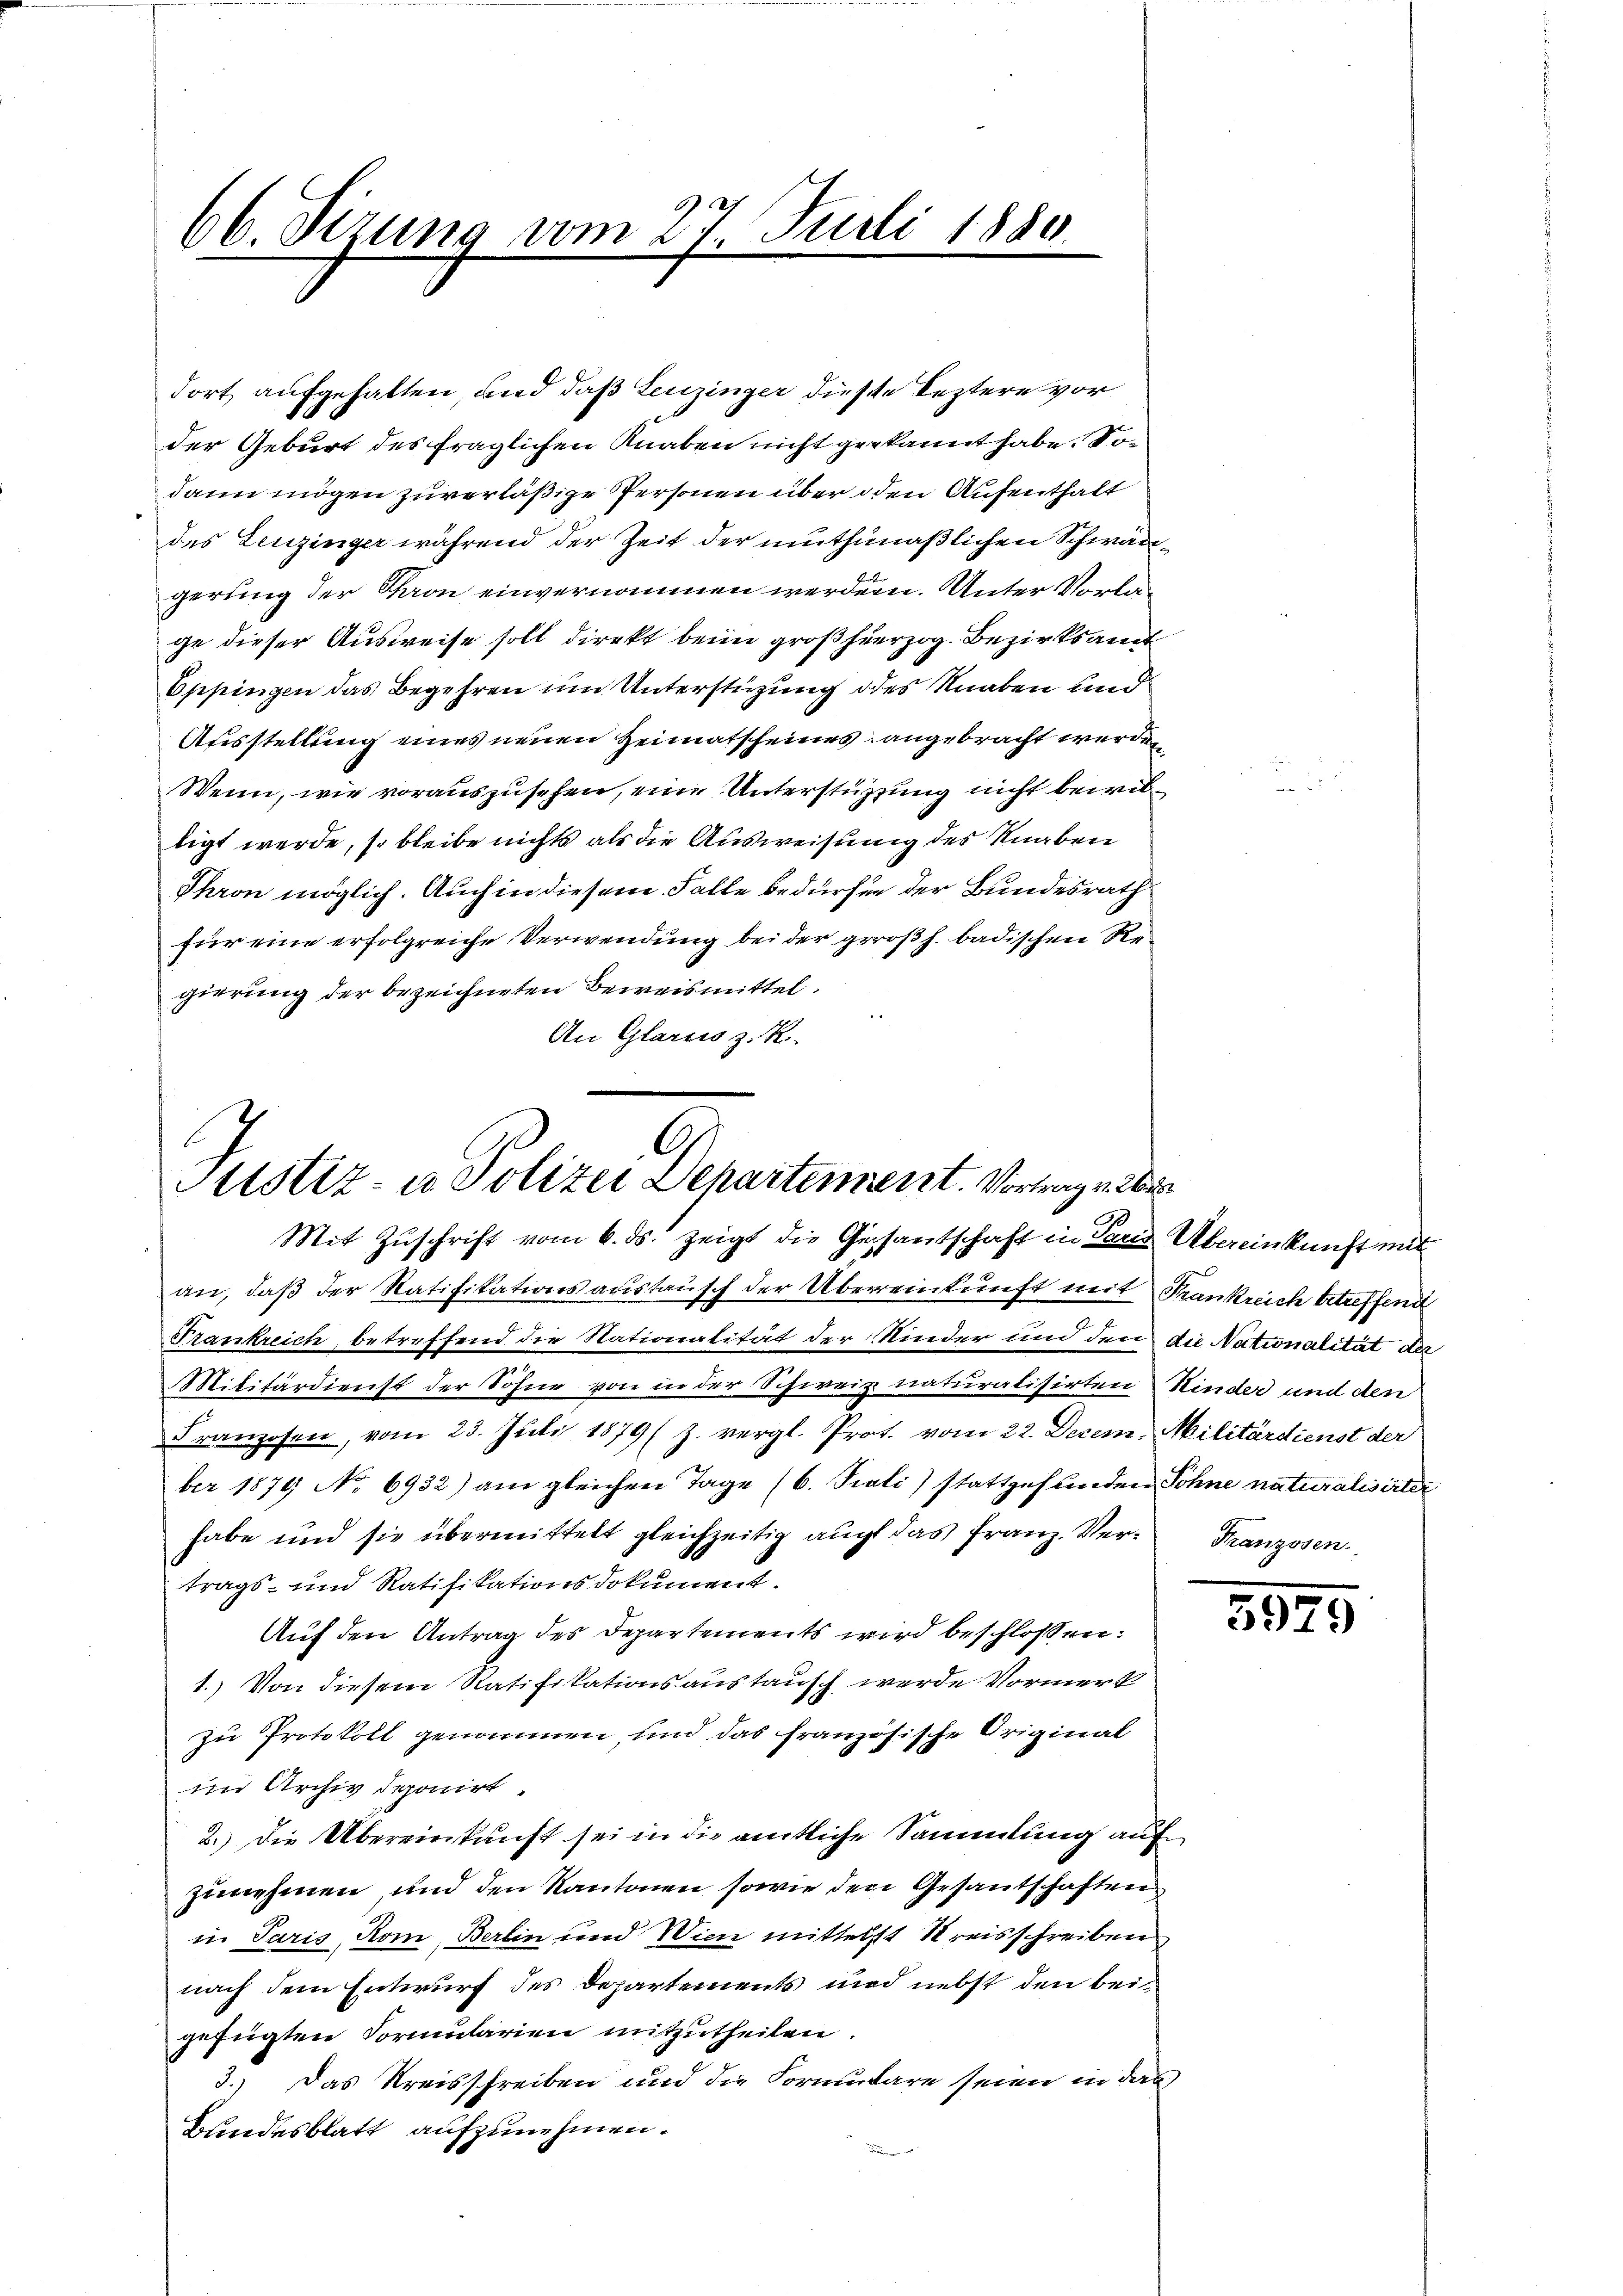
66. Sizung vom 27. Juli 1880.

dort aufgehalten, und daß Leuzinger diese leztere vor
der Geburt des fraglichen Knaben nicht gekannt habe. Sodann mögen zuverläßige Personen über den Aufenthalt
des Leuzinger während der Zeit der muthmaßlichen Schwärgerung der Thron einvernommen werden. Unter Vorlage dieser Ausweise soll direkt beim großherzog. Bezirksamt
Eppingen das Begehren um Unterstüzung des Knaben und
Ausstellung eines neuen Heimatscheines angebracht werden
Wenn, wie vorauszusehen, eine Unterstützung nicht bewiltigt werde, so bleibe nichts als die Ausweisung des Knaben
Thron möglich. Auch in diesem Falle bedürfen der Bundesrath
für eine erfolgreiche Verwendung bei der großh. badischen Regierung der bezeichneten Beweismittel.
An Glarus z. R.

G
Atstiz- u Polizei Departement. Vortrag v. 2
Mit Zuschrift vom 6. ds. zeigt die Gesantschaft in Paris Übereinkunft mit

an, daß der Ratifikationsanstausch der Überreinkunft mit Frankreich betreffend
Frankreich, betreffend die Nationalität der Nieder und den die Nationalität der
Militärdienst der Sohne von in der Schweiz naturalisirten Kinder und den
Franzosen, vom 23. Juli 1879 (z. vergl. Prot. vom 22. Decem, Militärdienst der
ber 1879 No 6932) am gleichen Tage (6. Sieli) stattgefunden Sohne naturalisirter
habe und sie übermittelt gleichzeitig auch das Franz. Ver-Franzosen.
trags- und Ratifikationsdokument.
Auf den Antrag des Departements wird beschlossen:
1.) Von diesem Ratifikationsaustausch werde Vormerk
zu Protokoll genommen, und das französische Original
im Archiv deponirt
2.) Die Übereinkunft sei in die amtliche Sammlung auf
zunehmen, und den Kantonen sowie den Gesantschaften
in Paris, Rom, Berlin und Wien mittelst Streisschreiben
nach dem Entwurf des Departements und nebst den beigefügten Formularien mitzutheilen.
3.) Das Kreisschreiben und die Formulare seien in das
Bundesblatt aufzunehmen.

5925